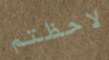
لاحظتم